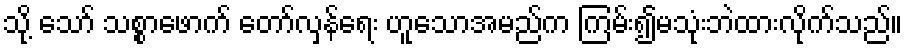
သို့ သော် သစ္စာဖောက် တော်လှန်ရေး ဟူသောအမည်က ကြမ်း၍မသုံးဘဲထားလိုက်သည်။